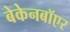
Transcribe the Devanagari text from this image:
बेकेनबॉएर